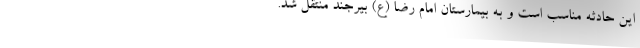
این حادثه مناسب است و به بیمارستان امام رضا (ع) بیرجند منتقل شد.